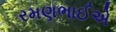
રમણભાઈએ